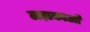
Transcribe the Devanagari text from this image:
लड़ाकाओं